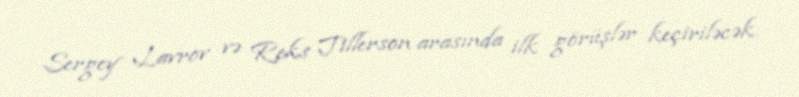
Sergey Lavrov və Reks Tillerson arasında ilk görüşlər keçiriləcək.